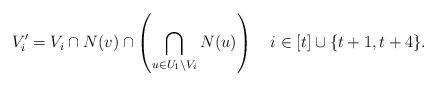
LaTeX: \begin{align*}V_i' = V_i \cap N(v) \cap \left(\bigcap_{u\in U_1\setminus V_i}N(u)\right) \quad i \in [t]\cup \{t+1,t+4\}. \end{align*}